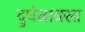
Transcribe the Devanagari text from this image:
दुर्घत्नाग्रस्त